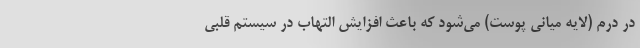
در درم (لایه میانی پوست) می‌شود که باعث افزایش التهاب در سیستم قلبی